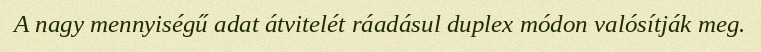
A nagy mennyiségű adat átvitelét ráadásul duplex módon valósítják meg.